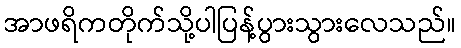
အာဖရိကတိုက်သို့ပါပြန့်ပွားသွားလေသည်။